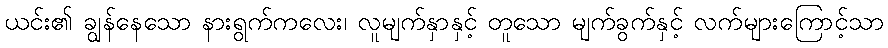
ယင်း၏ ချွန်နေသော နားရွက်ကလေး၊ လူမျက်နှာနှင့် တူသော မျက်ခွက်နှင့် လက်များကြောင့်သာ